Annual report of the Punjab Veterinary College and of the Civil Veterinary Department, Punjab - 1926-1932
Year: 1926
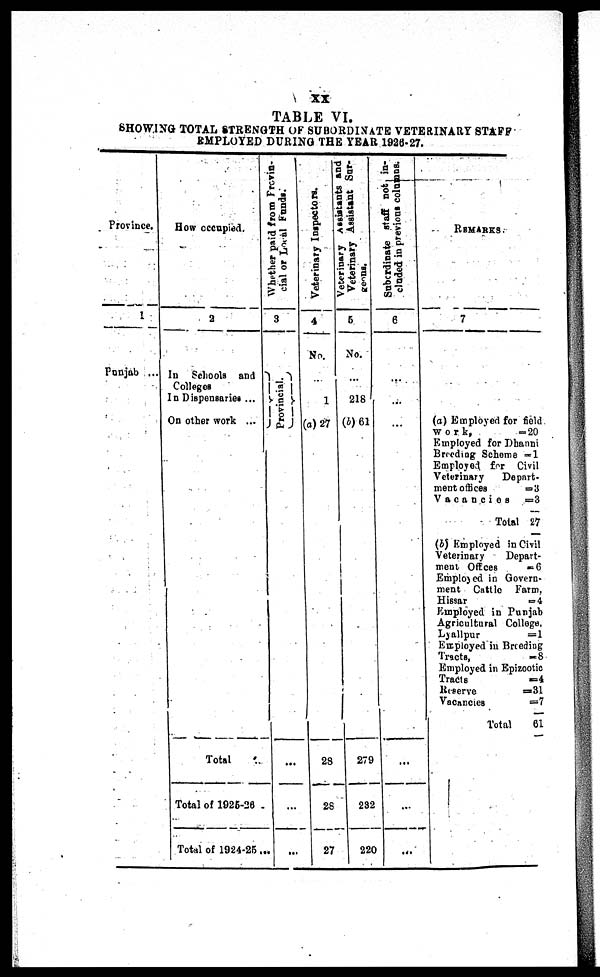
xx
TABLE VI.
SHOWING TOTAL STRENGTH OF SUBORDINATE VETERINARY STAFF
EMPLOYED DURING THE YEAR 1926-27.
Province.
1
Punjab ...
How occupied.
2
In Schools and
Colleges
In Dispensaries ...
On other work ...
Total ...
Total of 1925-26 ...
Total of 1924-25. ...
Whether paid from Provin-
cial
or Local Funds.
3
Provincial.
...
...
...
Veterinary Inspectors.
4
No.
...
1
(a) 27
28
28
27
Veterinary Assistants and
Veterinary Assistant Sur-
5
No.
...
218
(b) 61
279
232
220
Subordinate staff not in-
cluded
in previous columns.
6
...
...
...
...
...
...
REMARKS
7
(a) Employed for field
work,
=20
Employed for Dhanni
Breeding Scheme = 1
Employed for Civil
Veterinary
Depart-
ment offices
= 3
Vacancies
=3
Total 27
(b) Employed in Civil
Veterinary
Depart-
ment Offices
=6
Employed in Govern-
ment Cattle Farm,
Hissar
=4
Employed in Punjab
Agricultural College.
Lyallpur
=1
Employed in Breeding
Tracts,
=
8
Employed in Epizootic
Tracts
=4
Reserve
=31
Vacancies
=7
Total
61